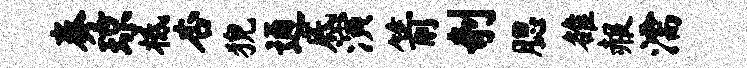
奏琼柢杏猊通底演箭剞腮雒赧濡